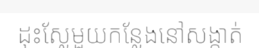
ដុះស្លែមួយកន្លែងនៅសង្កាត់